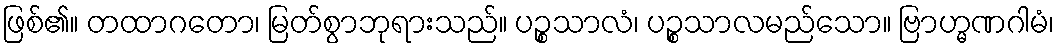
ဖြစ်၏။ တထာဂတော၊ မြတ်စွာဘုရားသည်။ ပဉ္စသာလံ၊ ပဉ္စသာလမည်သော။ ဗြာဟ္မဏဂါမံ၊